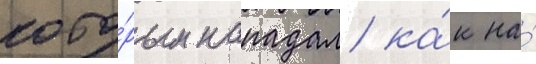
кото́рым нападал ка́к на́